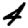
Digit: 4